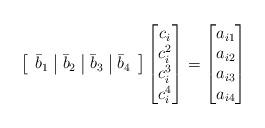
LaTeX: \begin{align*} \left[ \begin{array}{c|c|c|c} \bar{b}_1 & \bar{b}_2 & \bar{b}_3 & \bar{b}_4 \end{array} \right] \begin{bmatrix} c_i \\ c_i^2 \\ c_i^3 \\ c_i^4 \end{bmatrix} = \begin{bmatrix} a_{i1} \\ a_{i2} \\ a_{i3} \\ a_{i4} \end{bmatrix}\end{align*}